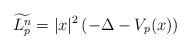
LaTeX: \begin{align*}\widetilde{L_{p}^n} = |x|^2 \left( -\Delta -V_p(x) \right)\end{align*}